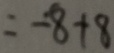
= - 8 + 8